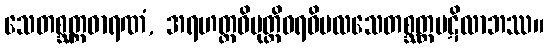
သေတစ္ဆတ္တဓာရဏံ, အရဟတ္တဝိမုတ္တိဝရဝိမလသေတစ္ဆတ္တပဋိလာဘဿ။